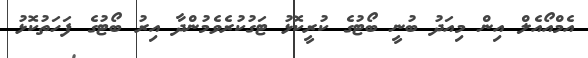
އެމްއޯއެލް އިން މިއަދު ބުނީ ބޯޓުގެ ކުރީކޮޅު ޓަގުކުރެވެމުންދާ އިރު ބޯޓުގެ ފަހަތުކޮޅު